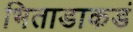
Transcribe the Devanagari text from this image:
भिताडाकडं